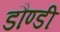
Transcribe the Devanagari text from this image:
डौण्डी